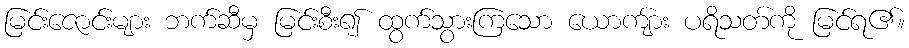
မြင်းဇောင်းများ ဘက်ဆီမှ မြင်းစီး၍ ထွက်သွားကြသော ယောကျ်ား ပရိသတ်ကို မြင်ရ၏။